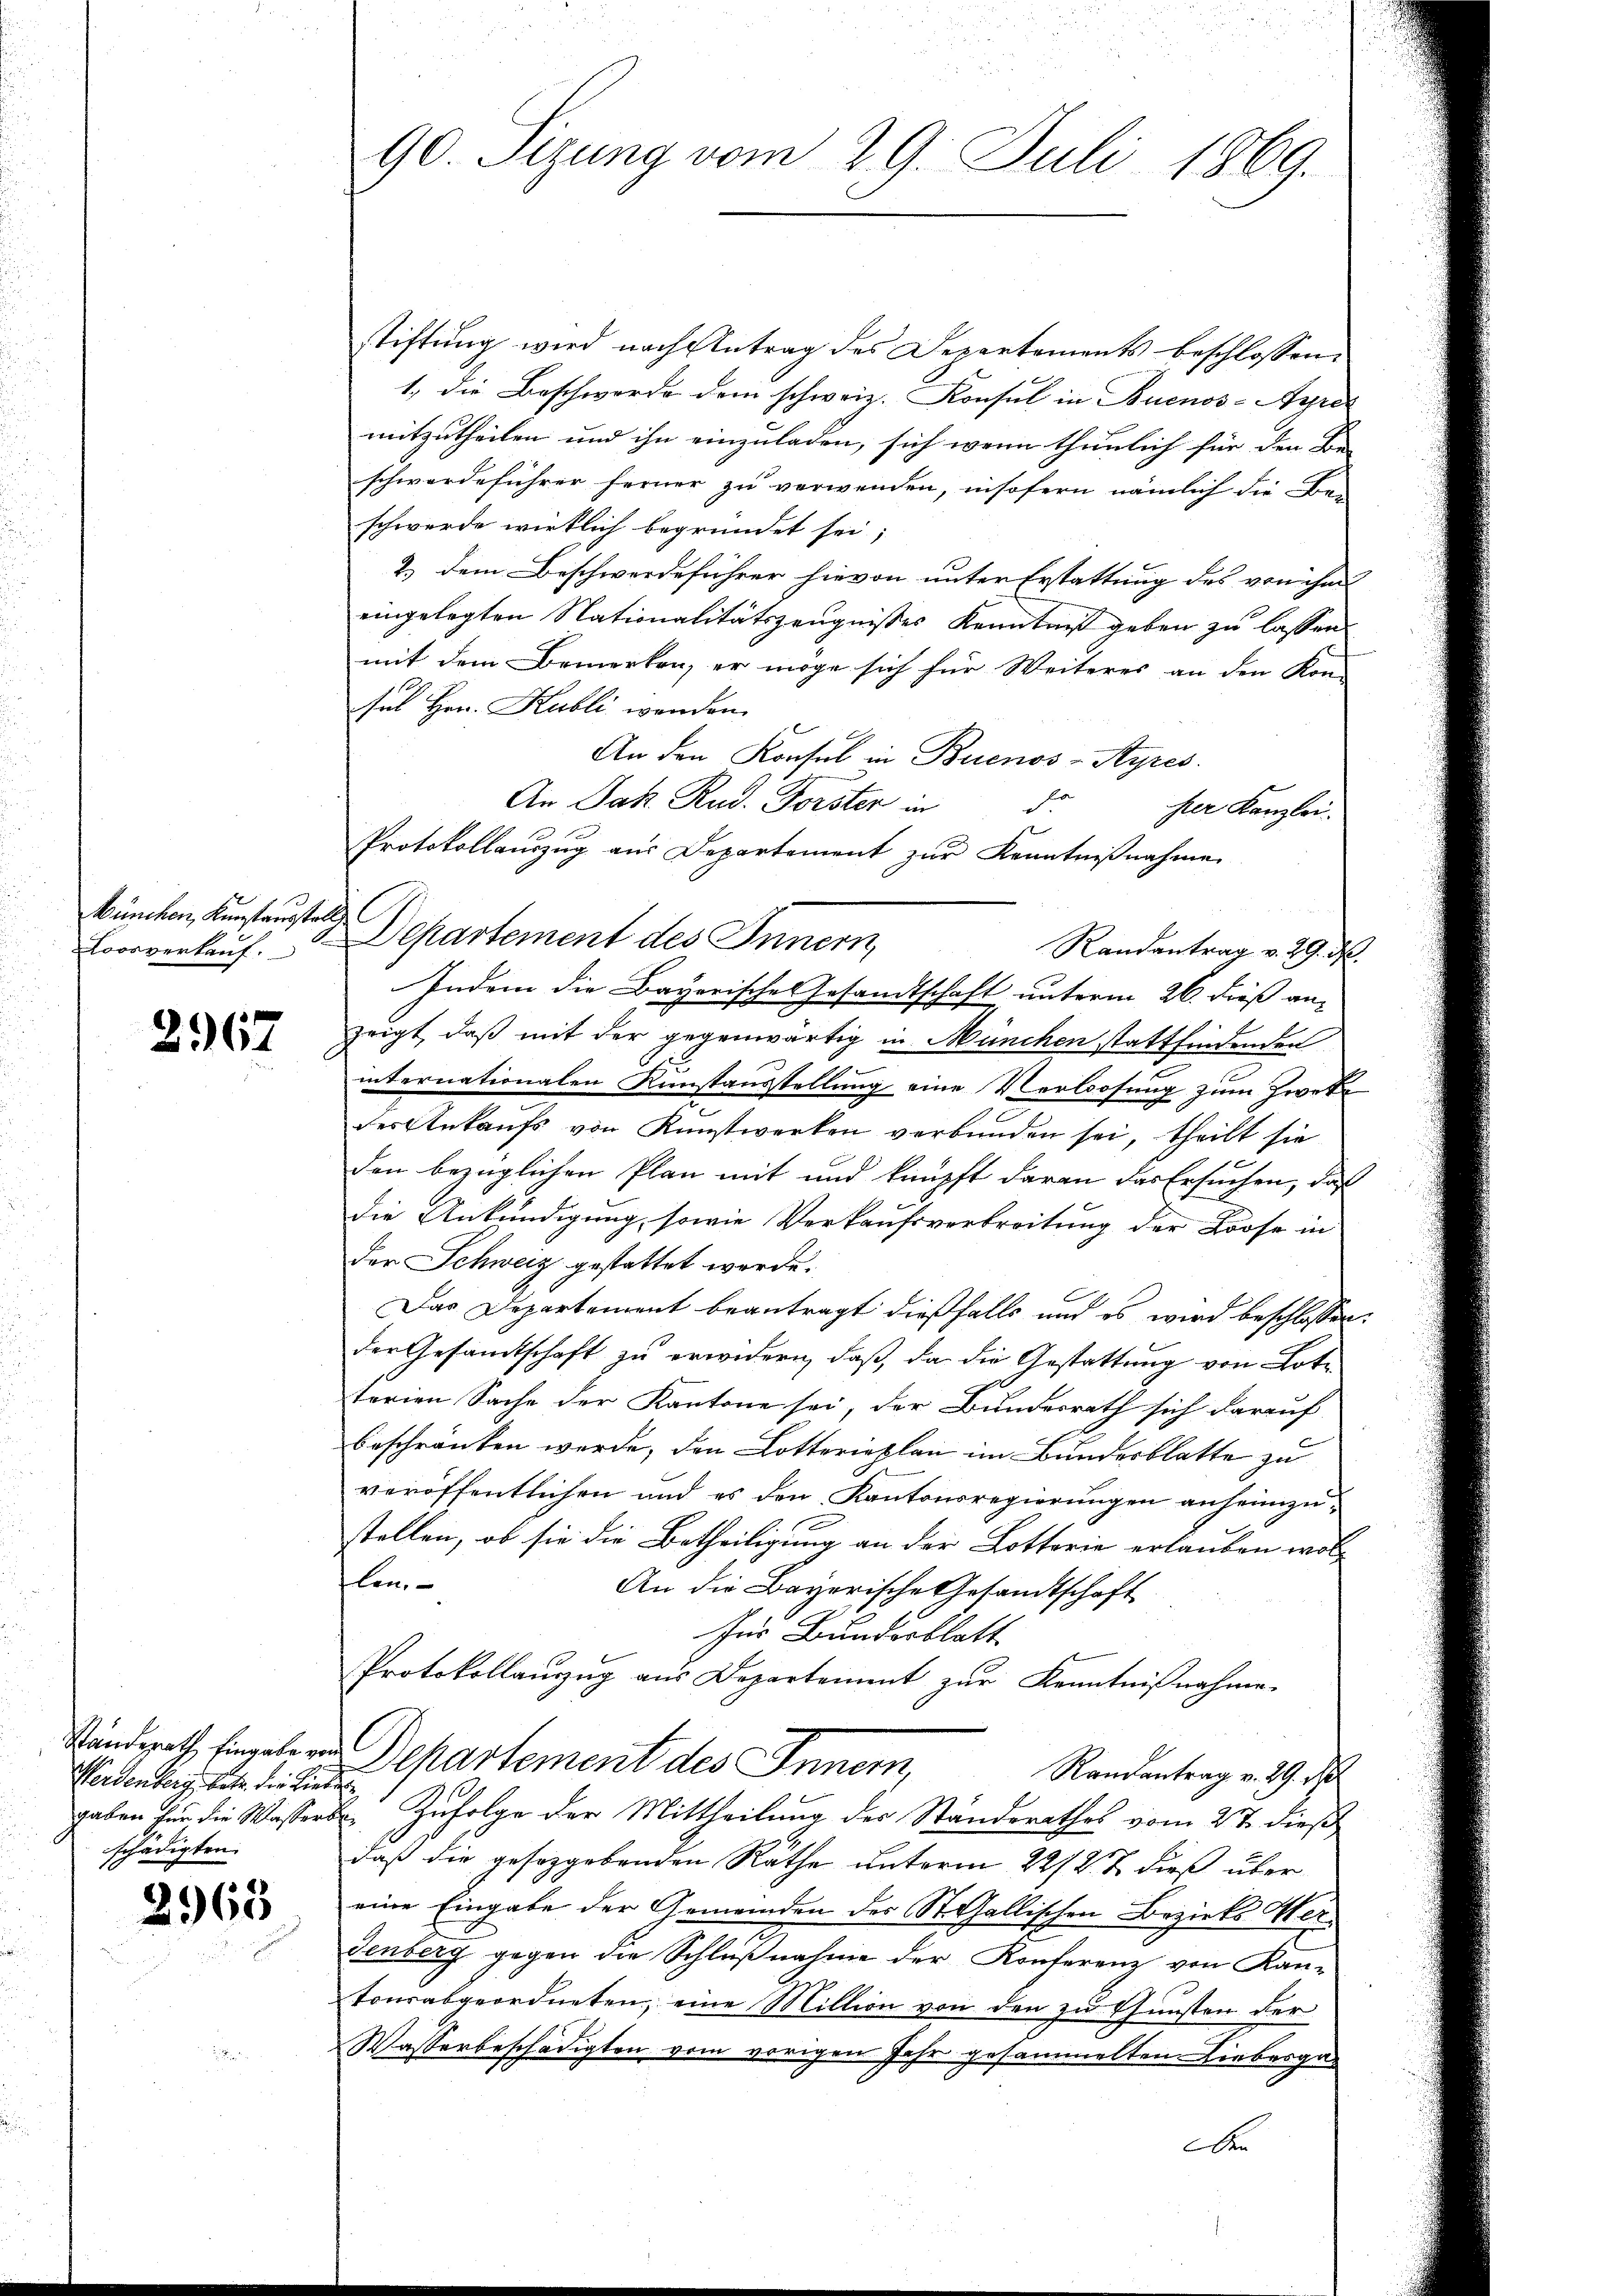
München, Kunstausstell
Coorverkauf.

2967

Standerath Eingabe von
Werdenberg, betr. die Liegaben für die Wasserschädigten.

2965

90. Sizung vom 29. Juli 1869.

stiftung wird nach Antrag des Departements beschlossen:
1., die Beschwerde dem schweiz. Konsul in Buenos-Ayres
mitzutheilen und ihn einzuladen, sich wenn thunlich für den Be-
schwerdeführer ferner zu verwenden, insofern nämlich die Be-
schwerde wirklich begründet sei;
2.) Dem Beschwerdeführer hievon unter Erstattung des von ihm
eingelegten Nationalitätszeugnisses Kenntnis geben zu lassen.
mit dem Bemerken, er möge sich für Weiteres an den Kon-
sul Hrn. Kubli werden.
An den Konsul in Buenos-Ayres.
An Jak. Rud. Forster in
e
per Kanzlei.
Protokollauszug aus Departement zur Kenntnißnahme
Departement des Innern,
Randantrag v. 29. d.
Indem die Bayerische Gesandtschaft unterm 26. dieß an-
zeigt, daß mit der gegenwärtig in München stattfindenden
internationalen Kunstausstellung eine Verlosung zum Zweke
des Ankaufs von Kunstwerken verbunden sei, theilt sie
den bezüglichen Plan mit und knüpft daran das Ersuchen, daß
die Ankündigung, sowie Verkaufsverbreitung der Loose in
der Schweiz gestattet werde.
Das Departement beantragt dießfalls und es wird beschlossen:
der Gesandtschaft zu erwidern, daß, da die Gestattung von Lotterien Sache der Kantone sei, der Bundesrath sich darauf
beschränken werde, den Lotterieplan im Bundesblatte zu
veröffentlichen und es den Kantonsregierungen anheimzustellen, ob sie die Betheiligung an der Lotterie erlauben woll
len.
An die Bayerische Gesandtschaft
für Bundesblatt
Protokollauszug aus Departement zur Kenntnißnahme.
Departement des Inner,
Randantrag v. 29. d
3. Zufolge der Mittheilung der Ständerathes vom 27. dieß
M
daß die gesetzgebenden Räthe unterm 22/2 t dieß über
eine Eingabe der Gemeinden der St. Gallischen Bezirks Herdenberg gegen die Schlußnahme der Konferenz von Kan-
tonsabgeordneten, eine Million von den zu Gunsten der
Wasserbeschädigten vom vorigen Jahr gesammelten Liebesga-
ben